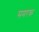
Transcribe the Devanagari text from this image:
समरक